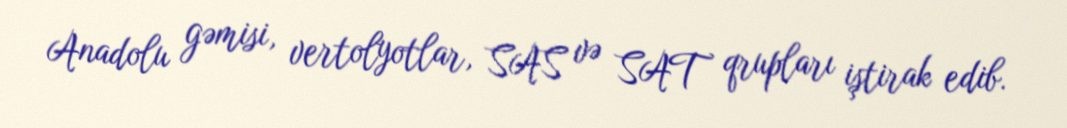
Anadolu gəmisi, vertolyotlar, SAS və SAT qrupları iştirak edib.